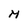
Character: M